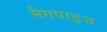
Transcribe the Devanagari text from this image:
मैगपाइज